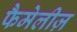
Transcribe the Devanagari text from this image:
फैमेलीज़